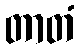
တာတံ